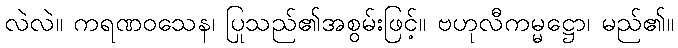
လဲလဲ။ ကရဏဝသေန၊ ပြုသည်၏အစွမ်းဖြင့်။ ဗဟုလီကမ္မဋ္ဌော၊ မည်၏။